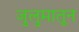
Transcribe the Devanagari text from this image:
जुलुमातून